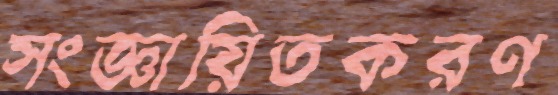
সংজ্ঞায়িতকরণ